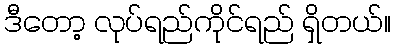
ဒီတော့ လုပ်ရည်ကိုင်ရည် ရှိတယ်။